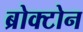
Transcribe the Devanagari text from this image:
ब्रोक्टोन